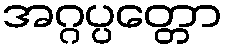
အဂ္ဂပ္ပတ္တော